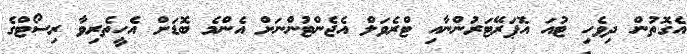
އެގޮތުން ދިވެހި ޓުއަ އޮޕަރޭޓަރުންނާއި ޓްރެވަލް އެޖެންޓުންނަށް އެންމެ ބޮޑަށް އެހީތެރިވާ ރިސޯޓްގެ